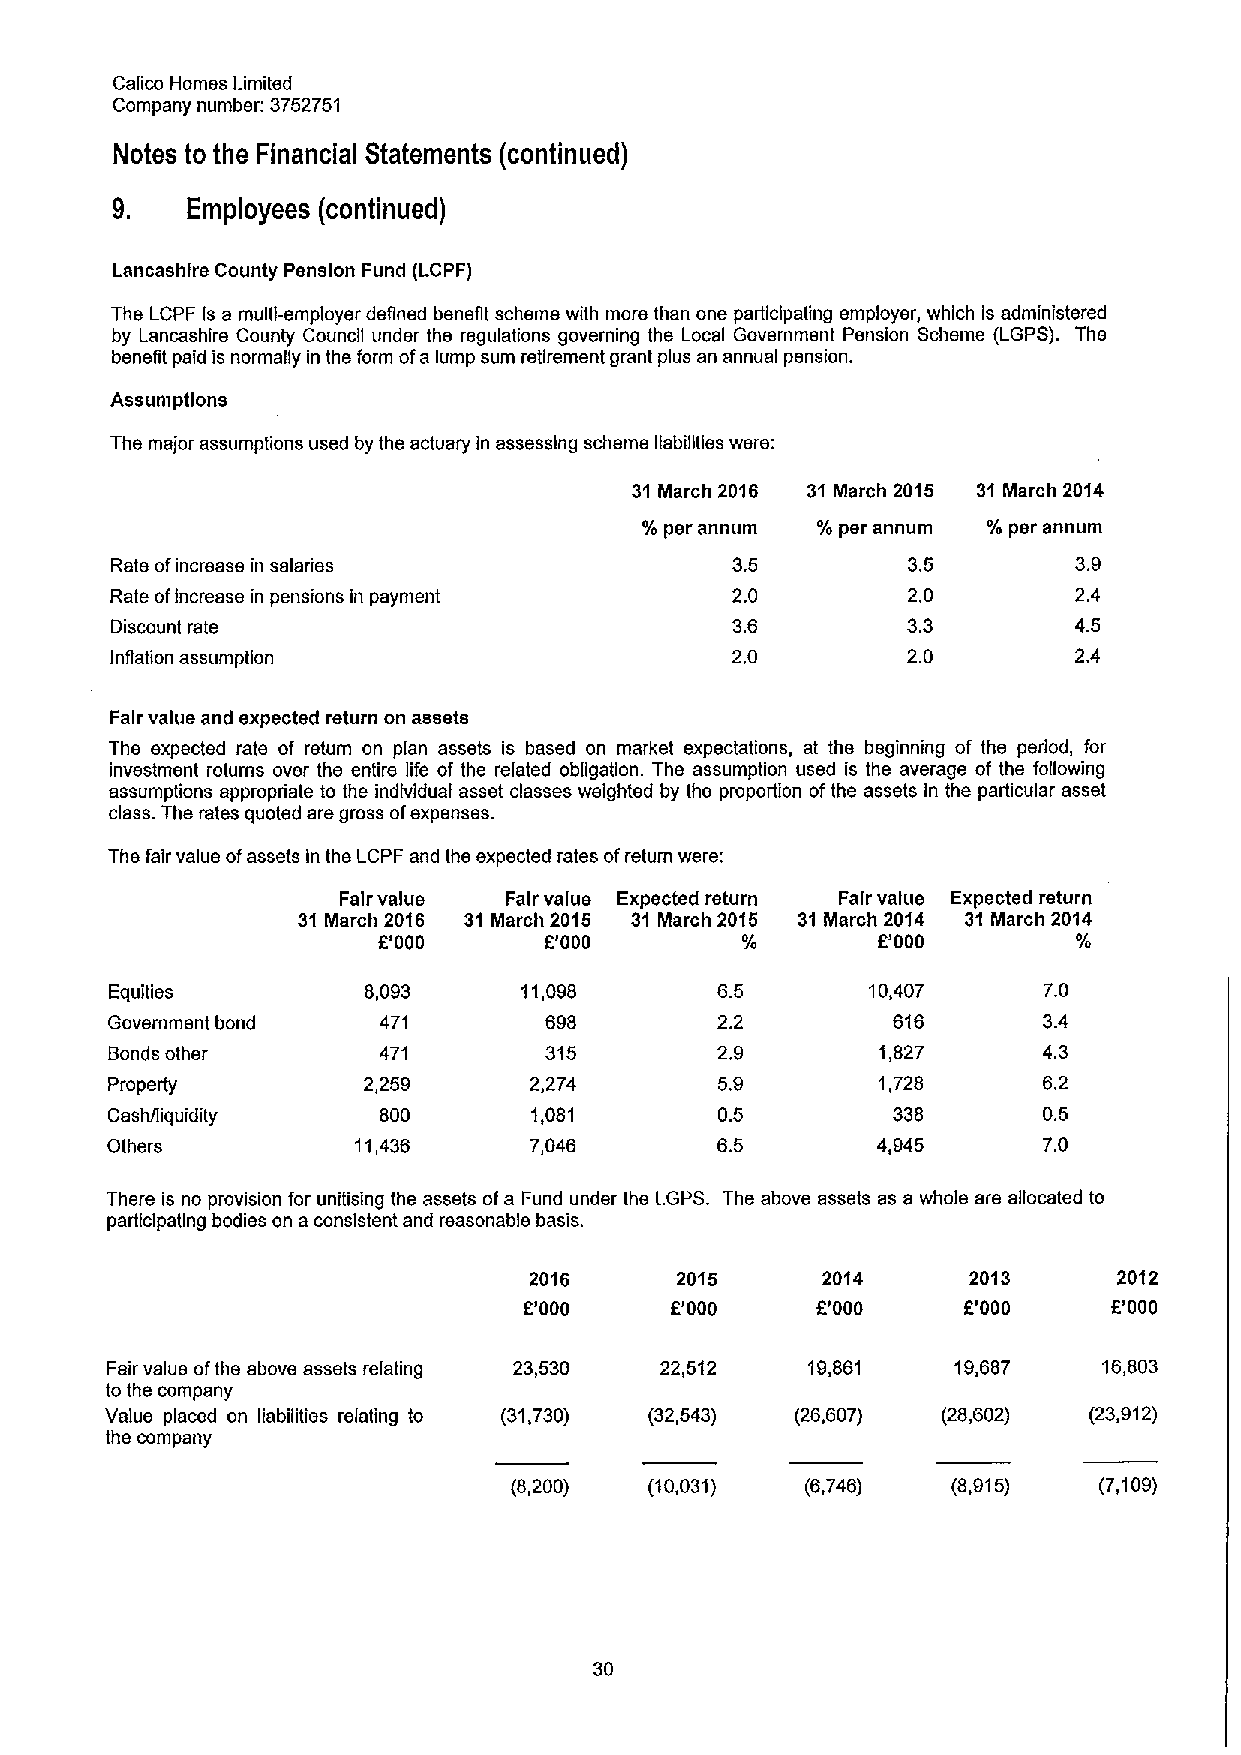
Calico Homes Limited
 Company number: 3752751
 Notes to the Financial Statements (continued)
 9.   Employees (continued)
 Lancashire County Pension Fund (LCPF)
 The LCPF Is a multi-employer defined benefit scheme with more than one participating employer, which is administered
 by Lancashire County Council under the regulations governing the Local Government Pension Scheme (LGPS). Ths
 benefit paid is normally in the form ofa lump sum retirement grant plus an annual pension.
 Assumptions
 The major assumptions used by the actuary in assessing scheme liabilities were:
 31 March 2016 31March 2015 31 March 2014
 %per annum %per annum %per annum
 Rate ofincrease in salaries              3.5         3.5        3.9
 Rate ofincrease in pensions in payment   2.0         2.0        2.4
 Discount rate                            3.6         3.3        4.5
 Inflation assumption                     2.0         2.0        2.4
 Fair value and expected return on assets
 Ths expected rate of return on plan assets is based on market expectations, at the beginning of the period, for
 investment returns over the entire life of the related obligation. The assumption used is the average of the following
 assumptions appropriate to the individual asset classes weighted by the proportion ofthe assets in the particular asset
 class. The rates quoted are gross ofexpenses.
 The fair value ofassets in the LCPF and the expected rates ofreturn were:
 Fair value Fair value Expected return Fair value Expected return
 31March 2016 31 March 2015 31 March 2015 31 March 2014 31 March 2014
 6'000      E'000        0/       6'000        0/
 Equities         8,093      11,098      6.5        10,407     7.0
 Government bond   471        698        2.2         616       34
 Bonds other       471        315        2.9        1,827      4.3
 Property         2,259      2,274        5.9       1,728      6.2
 Cash/liquidity    800       1,081        0.5        338       0.5
 Others          11,436      7,046       6.5        4,945      7.0
 There is no provision for unitising the assets ofa Fund under the LGPS. The above assets as a whole are allocated to
 participating bodies on aconsistent and reasonable basis.
 2016      2015     2014      2013      2012
 f.'000   E'000     F.'000    6'000     f'000
 Fair value ofths above assets relating 23,530 22,512 19,861 19,687 16,803
 to the company
 Value placed on liabilities relating to (31,730) (32,543) (26,607) (28,602) (23,912)
 the company
 (8,200)  (10,031)  (6,746)   (8,915)   (7,109)
 30